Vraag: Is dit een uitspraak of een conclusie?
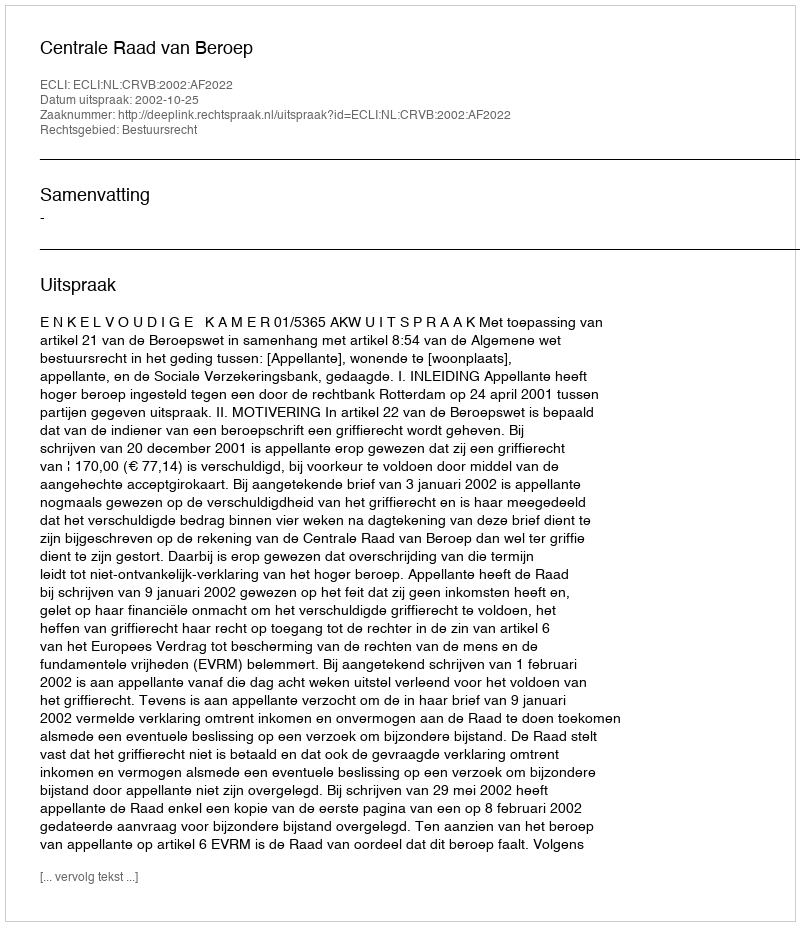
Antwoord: Uitspraak